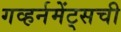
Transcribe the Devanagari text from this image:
गव्हर्नमेंट्सची